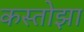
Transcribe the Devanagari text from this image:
कस्तोझा